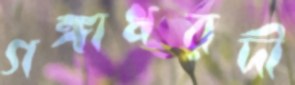
গঙ্গাধরদী